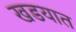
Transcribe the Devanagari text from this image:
खडयात